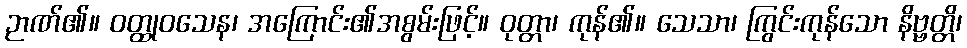
ဉာဏ်၏။ ဝတ္ထုဝသေန၊ အကြောင်း၏အစွမ်းဖြင့်။ ဝုတ္တာ၊ ကုန်၏။ သေသာ၊ ကြွင်းကုန်သော နိဗ္ဗတ္တိ၊